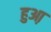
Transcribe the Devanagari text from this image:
हुआ़